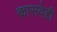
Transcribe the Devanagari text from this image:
कासवेही